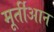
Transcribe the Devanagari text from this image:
मूर्तीआन